Vaccination in Bombay 1902-1912 - 1902-1912
Year: 1902
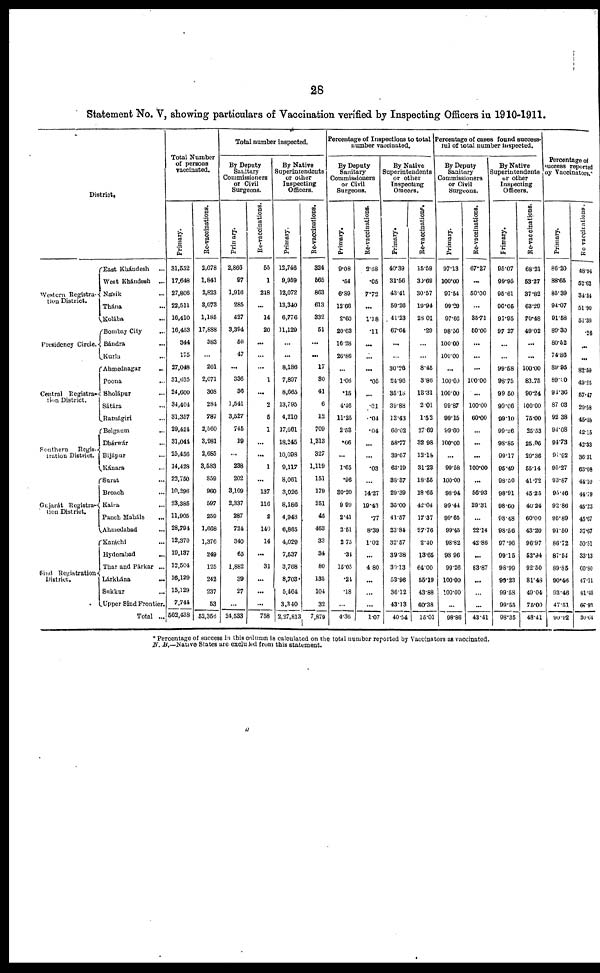
28
Statement No. V, showing particulars of Vaccination verified by Inspecting Officers in 1910-1911.
District.
Western Registra¬
tion District.
Presidency Circle.
Central Registra¬
tion District.
Southern
Regis-
tration District.
Gujarát Registra-
tion District.
Sind Registration
District.
East Khándesh ...
West Khándesh
...
Násik ...
Thána ...
Kolába ...
Bombay City ...
Bándra ...
Kurla ...
Ahmednagar ...
Poona ...
Sholápur ...
Sátára ...
Ratnágiri ...
Belgaum ...
Dhárwár ...
Bijápur ...
Kánara ...
Surat ...
Broach ...
Kaira ...
Panch Maháls ...
Ahmedabad ...
Karáchi ...
Hyderabad
...
Thar and Párkar ...
Lárkhána ...
Sukkur ...
Upper Sind Frontier.
Total ...
Total Number
of persons
vaccinated.
Primary.
31,552
17,648
27,806
22,511
16,410
16,453
344
175
27,048
31,635
24,600
34,404
31,357
29,424
31,044
25,456
14,428
22,750
10,296
23,385
11,905
28,794
12,370
19,137
12,504
16,129
15,129
7,744
562,438
Re-vaccinations.
2,078
1,841
2,823
3,073
1,185
17,888
383
...
201
2,071
308
284
787
2,560
3,981
2,685
3,583
859
960
597
259
1,668
1,376
249
125
242
237
53
52,356
Total number inspected.
By Deputy
Sanitary
Commissioners
or Civil
Surgeons.
Primary.
2,866
97
1,916
285
427
3,394
56
47
...
336
36
1,541
3,527
745
19
...
238
202
3,109
2,337
287
724
340
65
1,882
39
27
...
24,533
Re-vaccinations.
55
1
218
...
14
20
...
...
...
1
...
2
5
1
...
...
1
...
137
116
2
140
14
...
31
...
...
...
758
By Native
Superintendents
or other
Inspecting
Officers.
Primary.
12,746
9,959
12,072
13,340
6,776
11,129
...
...
8,186
7,897
8,665
13,795
4,210
17,661
18,245
10,098
9,117
8,061
3,026
8,186
4,948
6,865
4,029
7,537
3,768
8,703
5,464
3,340
2,27,813
Re-vaccinations.
324
565
863
613
332
51
...
...
17
80
41
6
12
709
1,313
327
1,119
151
179
251
45
463
33
34
80
135
104
32
7,879
Percentage of Inspections to total
number vaccinated.
By Deputy
Sanitary
Commissioners
or Civil
Surgeons.
Primary.
9.08
.54
6.89
12.66
2.60
20.63
16.28
26.86
...
1.06
.15
4.46
11.25
2.53
.06
...
1.65
.96
30.20
9.99
2.41
2.51
2.75
.34
15.05
.24
.18
...
4.36
Re-vaccinations.
2.68
.05
7.72
...
1.18
.11
...
...
...
.05
...
.01
.04
.04
...
...
.03
...
14.27
19.43
.77
8.39
1.02
...
4.80
...
...
...
1.07
By Native
Superintendents
or other
Inspecting
Officers.
Primary.
40.39
31.56
43.41
59.26
41.23
67.64
...
...
30.26
24.96
35.18
39.88
13.43
60.02
58.77
39.67
63.19
38.37
29.39
35.00
41.57
23.84
32.57
39.38
30.13
53.96
36.12
43.13
40.54
Re-vaccinations.
15.59
30.69
30.57
19.94
28.01
.29
...
...
8.45
3.86
13.31
2.01
1.52
27.69
32.98
12.18
31.23
18.55
18.65
42.04
17.37
27.76
2.40
13.65
64.00
55.19
43.88
60.38
15.01
Percentage of cases found success¬
ful of total number inspected.
By Deputy
Sanitary
Commissioners
or Civil
Surgeons.
Primary.
97.13
100.00
97.54
99.29
97.66
98.56
100.00
100.00
...
100.00
100.00
99.87
99.15
99.60
100.00
...
99.58
100.00
98.94
99.44
99.65
99.45
98.82
98.96
99.26
100.00
100.00
...
98.86
Re-vaccinations.
67.27
...
50.00
...
35.71
50.00
...
...
...
100.00
...
100.00
60.00
...
...
...
100.00
...
56.93
29.31
...
22.14
42.86
...
83.87
...
...
...
43.41
By Native
Superintendents
or other
Inspecting
Officers.
Primary.
95.07
99.95
95.61
96.05
97.95
97.27
...
...
99.58
98.75
99.50
99.06
99.10
99.26
98.85
99.17
95.49
98.50
98.91
98.60
98.48
98.56
97.96
99.15
98.99
99.23
99.58
99.55
98.35
Re-vaccinations.
68.21
53.27
37.82
63.29
70.48
49.02
...
...
100.00
83.75
90.24
100.00
75.00
25.53
25.06
20.36
55.14
41.72
45.25
40.24
60.00
43.20
96.97
52.94
92.50
81.48
49.04
75.00
48.41
Percentage of
success reported
by Vaccinators.
Primary.
86.20
88.65
85.39
94.07
91.58
89.30
80.52
74.86
89.95
89.00
91.36
87.03
92.38
94.08
94.73
91.02
95.27
93.87
95.46
92.86
95.89
91.50
86.72
87.54
89.85
90.46
93.46
47.51
90.92
Re-vaccinations.
48.94
52.62
34.54
51.90
51.39
.26
...
...
82.59
49.25
57.47
29.58
45.48
42.15
42.33
36.31
63.08
44.10
44.79
45.23
45.67
37.67
50.51
33.13
60.80
47.11
81.45
67.93
30.64
* Percentage of success in this column is calculated on the total number reported by Vaccinators as vaccinated.
N. B.—Native States are excluded from this statement.